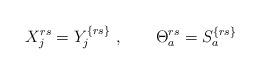
LaTeX: \begin{align*}X_j^{rs} = Y_j^{\{rs\}} \ , \qquad\Theta_a^{rs} = S_a^{\{rs\}}\end{align*}